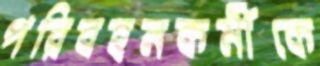
পরিবহনকর্মীকে